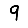
Digit: 9